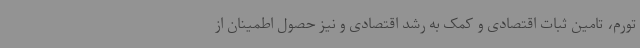
تورم، تامین ثبات اقتصادی و کمک به رشد اقتصادی و نیز حصول اطمینان از